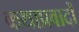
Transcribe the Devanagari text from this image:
कथाप्रवादों